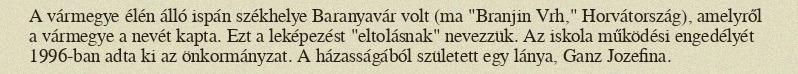
A vármegye élén álló ispán székhelye Baranyavár volt (ma "Branjin Vrh," Horvátország), amelyről a vármegye a nevét kapta. Ezt a leképezést "eltolásnak" nevezzük. Az iskola működési engedélyét 1996-ban adta ki az önkormányzat. A házasságából született egy lánya, Ganz Jozefina.